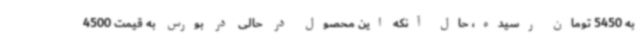
به 5450 تومان رسیده، حال آنکه این محصول در حالی در بورس به قیمت 4500